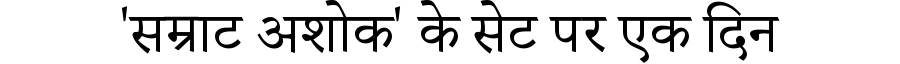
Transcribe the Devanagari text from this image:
'सम्राट अशोक' के सेट पर एक दिन